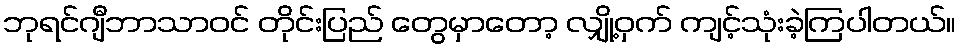
ဘုရင်ဂျီဘာသာဝင် တိုင်းပြည် တွေမှာတော့ လျှို့ဝှက် ကျင့်သုံးခဲ့ကြပါတယ်။